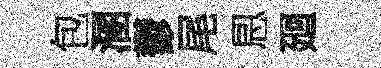
包溷鬱尾㤙廻